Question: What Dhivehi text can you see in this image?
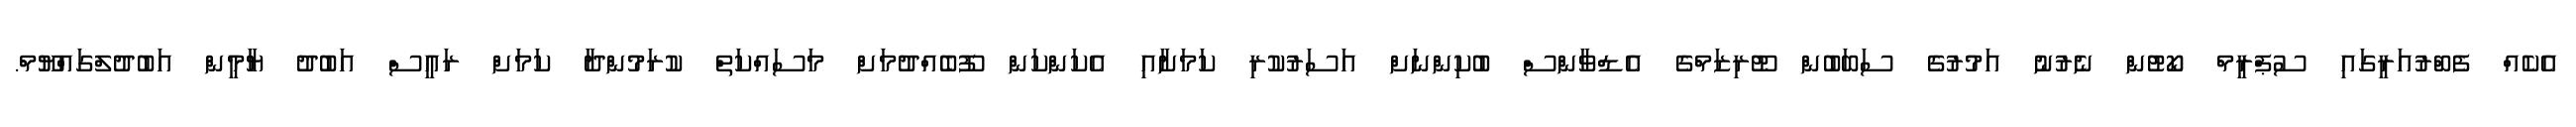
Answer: އެކެއް ފެބްރުއަރީގައި ސުޕްރީމް ކޯޓުން ނެރުނު އަމުރުގެ ސަބަބުން ޓޫރިޒަމްގެ އެޑްވާންސް ބުކިންނަށް އަސަރުކުރި ކަމަށާއި އެކަންކަން ފޫބެއްދުމަށް މަސައްކަތް ކުރަމުންދާ ކަމަށް ރައީސް އަބުދު ޔާމީން އަބުދުލްގައްޔޫމް.